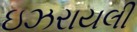
ઇઝરાયલી